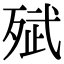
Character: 𭮗